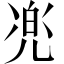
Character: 𱏧